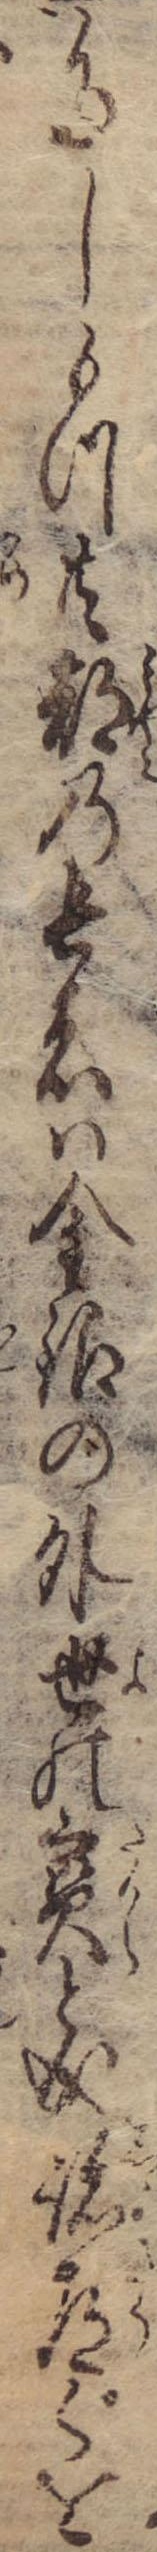
多しもつ共都の長者は金銀の外世の宝と成諸道ぐを